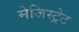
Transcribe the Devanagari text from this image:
मेजिस्ट्रेट